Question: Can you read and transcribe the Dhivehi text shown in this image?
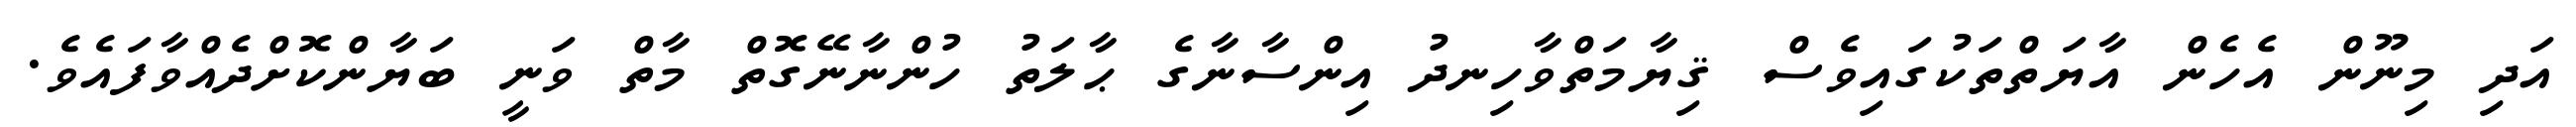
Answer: އަދި މިނޫން އެހެން އާޔަތްތަކުގައިވެސް ޤިޔާމަތްވާހިނދު އިންސާނާގެ ޙާލަތު ހުންނާނޭގޮތް މާތް ވަނީ ބަޔާންކޮށްދެއްވާފައެވެ.